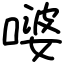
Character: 嘙